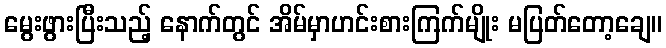
မွေးဖွားပြီးသည့် နောက်တွင် အိမ်မှာဟင်းစားကြက်မျိုး မပြတ်တော့ချေ။